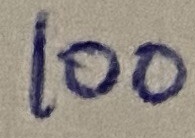
Text: 100